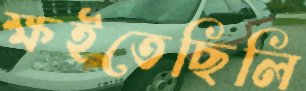
ক্ষইতেছিলি